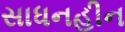
સાધનહીન